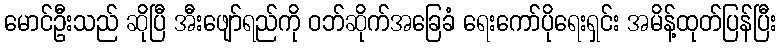
မောင်ဦးသည် ဆိုပြီ အီးဖျော်ရည်ကို ဝဘ်ဆိုက်အခြေခံ ရေးကော်ပိုရေးရှင်း အမိန့်ထုတ်ပြန်ပြီး